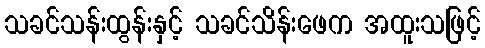
သခင်သန်းထွန်းနှင့် သခင်သိန်းဖေက အထူးသဖြင့်